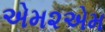
એમ૨એમ